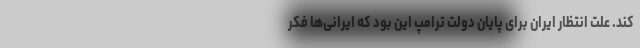
کند. علت انتظار ایران برای پایان دولت ترامپ این بود که ایرانی‌ها فکر